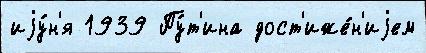
иjу́н'я 1939 Пу́т'ина дост'иже́н'иjем